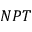
N P T